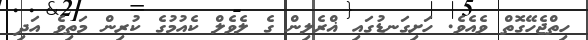
ހިތްޖެހޭގޮތް ވެއެވެ. ހަށިގަނޑުގައި ޣްރެލިން ގެ ލެވެލް ކެއުމުގެ ކުރިން މަތިވެ އަދި